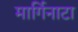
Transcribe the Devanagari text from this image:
मार्गिनाटा